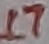
Text: 17